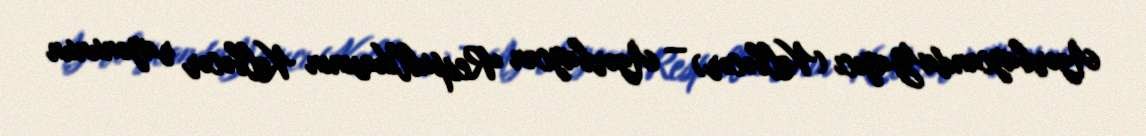
AzərbaycandaYayıcı (Kəlbəcər) — Azərbaycan Respublikasının Kəlbəcər rayonunun